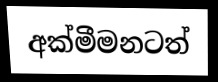
අක්මීමනටත්